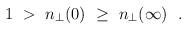
LaTeX: \begin{align*}1\ >\ n_\perp (0)\ \ge\ n_\perp (\infty)\ \ .\end{align*}